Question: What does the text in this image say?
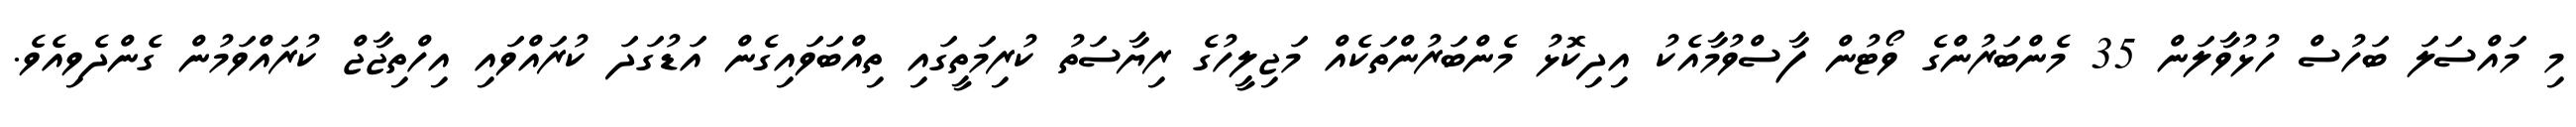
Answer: މި މައްސަލަ ބަހުސް ހުޅުވާލަން 35 މެންބަރުންގެ ވޯޓުން ފާސްވުމާއެކު އިދިކޮޅު މެންބަރުންތަކެއް މަޖިލީހުގެ ރިޔާސަތު ކުރިމަތީގައި ތިއްބަވައިގެން އަޑުގަދަ ކުރައްވައި އިހްތިޖާޖް ކުރައްވަމުން ގެންދެވިއެވެ.